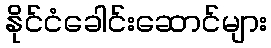
နိုင်ငံခေါင်းဆောင်များ